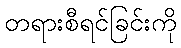
တရားစီရင်ခြင်းကို